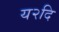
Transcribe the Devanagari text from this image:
य२दि